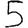
Digit: 5